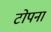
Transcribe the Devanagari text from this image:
टोपना